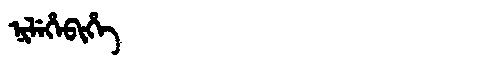
Manchu: ᠨᡳᠯᡝᡥᡝᠪᡳᡥᡝ
Romanization: NILEHEBIHE